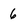
Character: 6